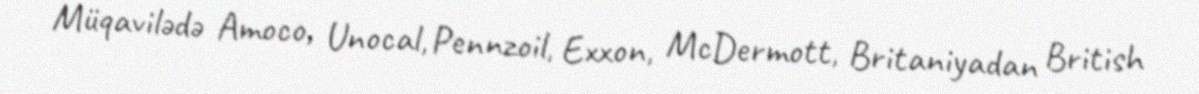
Müqavilədə Amoco, Unocal, Pennzoil, Exxon, McDermott, Britaniyadan British